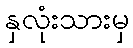
နှလုံးသားမှ